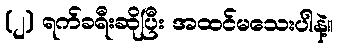
(၂) ရက်ခရီးဆိုပြီး အထင်မသေးပါနဲ့။